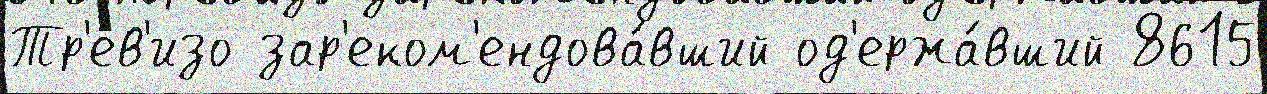
Тр'ев'изо зар'еком'ендова́вший од'ержа́вший 8615